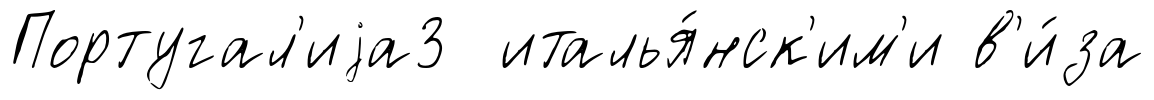
Португал'иjа3 италья́нск'им'и в'и́за